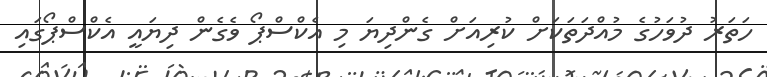
ހަތަރު ދުވަހުގެ މުއްދަތަކަށް ކުރިއަށް ގެންދިޔަ މި އެކްސްޕޯ ވެގެން ދިޔައީ އެކްސްޕޯގައި